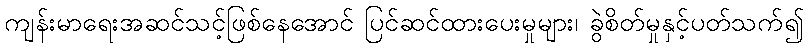
ကျန်းမာရေးအဆင်သင့်ဖြစ်နေအောင် ပြင်ဆင်ထားပေးမှုများ၊ ခွဲစိတ်မှုနှင့်ပတ်သက်၍